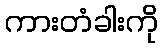
ကားတံခါးကို